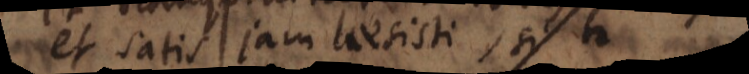
et satis jam laesisti, si